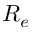
R _ { e }